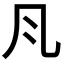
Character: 𭂬